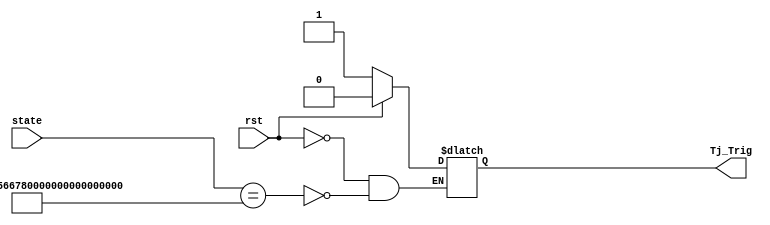
`timescale 1ns / 1ps
//////////////////////////////////////////////////////////////////////////////////
// Company: 
// Engineer: 
// 
// Design Name: 
// Module Name:    Trojan_Trigger 
// Project Name: 
// Target Devices: 
// Tool versions: 
// Description: 
//
// Dependencies: 
//
// Revision: 
// Revision 0.01 - File Created
// Additional Comments: 
//
//////////////////////////////////////////////////////////////////////////////////
module Trojan_Trigger(
    input rst,
    input [127:0] state,
    output reg Tj_Trig
    );

//	output reg Tj_Trig;
	//reg Tj_Trig;

	always @(rst, state)
	begin
		if (rst == 1'b1) begin
			Tj_Trig <= 1'b0; 
		end else if (state == 128'h00112233_44556677_8899aabb_ccddeeff) begin 
			Tj_Trig <= 1'b1; 
		end 
	end

	//assert property (~(Tj_Trig && rst==0));
endmodule